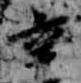
辛